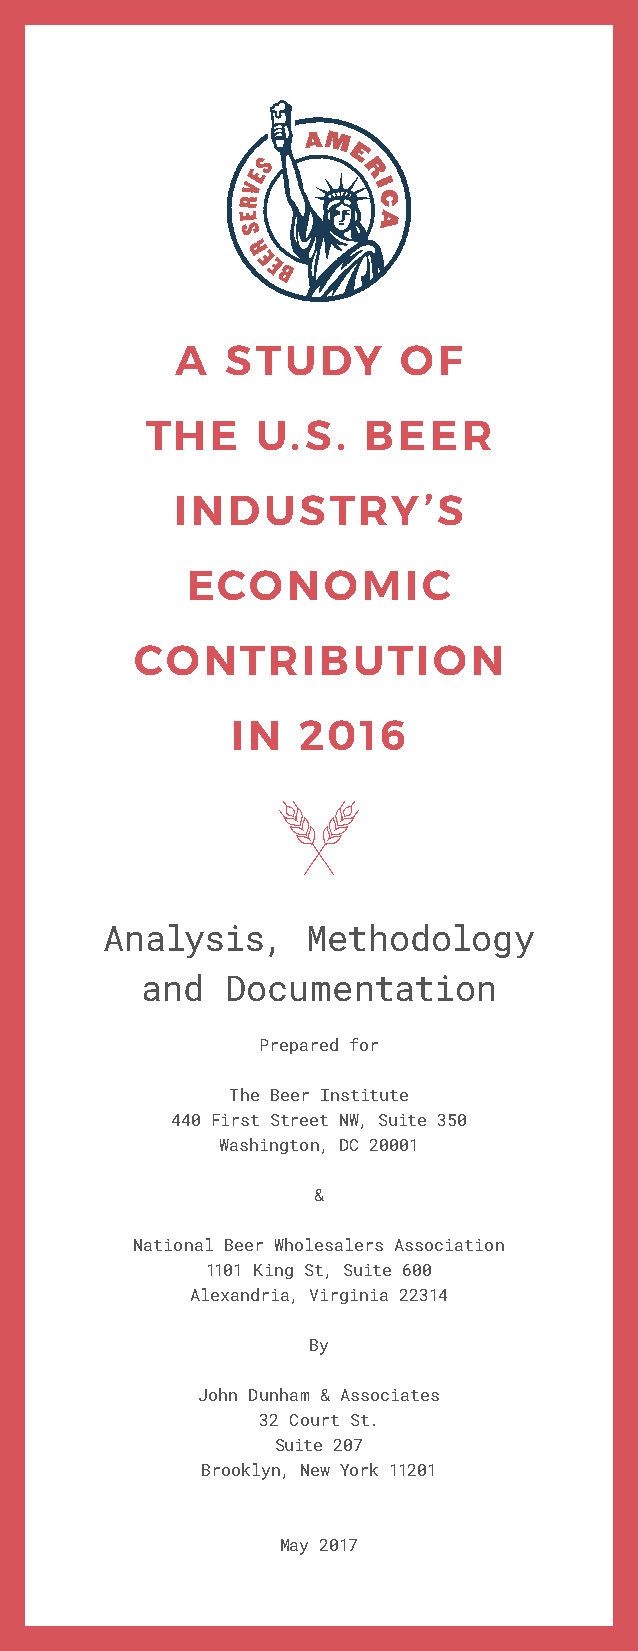
A  STUDY      OF
 THE    U.S.   BEER
 INDUSTRY’S
 ECONOMIC
 CONTRIBUTION
 IN   2016
 Analysis,    Methodology
 and   Documentation
 Prepared for
 The Beer Institute
 440 First Street NW, Suite 350
 Washington, DC 20001
 &
 National Beer Wholesalers Association
 1101 King St, Suite 600
 Alexandria, Virginia 22314
 By
 John Dunham & Associates
 32 Court St.
 Suite 207
 Brooklyn, New York 11201
 May 2017